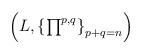
LaTeX: \begin{align*}{\textstyle \left(L,\left\{ \prod^{p,q}\right\} _{p+q=n}\right)}\end{align*}